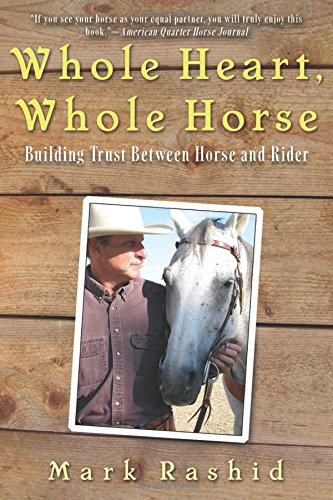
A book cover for Whole Heart, Whole Horse: Building Trust Between Horse and Rider; Mark Rashid; Sports & Outdoors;